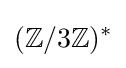
(\mathbb {Z} /3\mathbb {Z} )^{*}